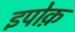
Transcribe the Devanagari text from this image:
इपोक़